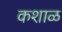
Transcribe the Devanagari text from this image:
कशाळ